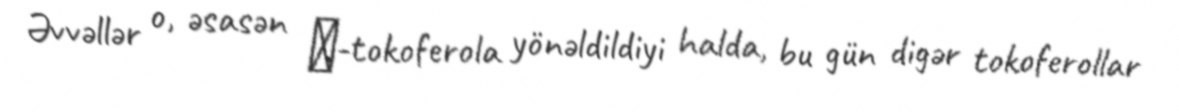
Əvvəllər o, əsasən α-tokoferola yönəldildiyi halda, bu gün digər tokoferollar